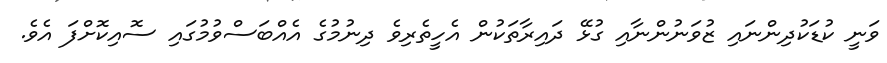
ވަނީ ކުޑަކުދިންނައި ޒުވަނުންނާއި ގުޅޭ ދައިރާތަކުން އެހީތެރިވެ ދިނުމުގެ އެއްބަސްވުމުގައި ސޮއިކޮށްފަ އެވެ.